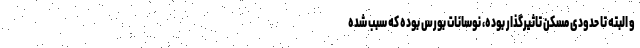
و البته تا حدودی مسکن تاثیرگذار بوده، نوسانات بورس بوده که سبب شده